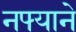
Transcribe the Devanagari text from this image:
नफ्याने